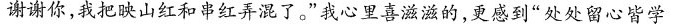
谢谢你，我把映山红和串红弄混了。”我心里喜滋滋的，更感到”处处留心皆学